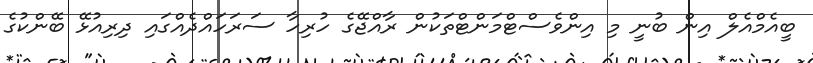
ބީއެމްއެލް އިން ބުނީ މި އިންވެސްޓްމަންޓްތަކުން ރާއްޖޭގެ ހުރިހާ ސަރަަހައްދެއްގައި ދިރިއުޅޭ ބޭންކުގެ